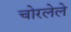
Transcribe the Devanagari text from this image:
चोरलेले